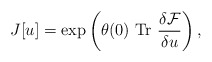
\begin{align*}{J}[u]=\exp \left(\theta(0)~{\rm Tr}~\frac{\delta{\cal F}}{\delta {u}}\right),\end{align*}